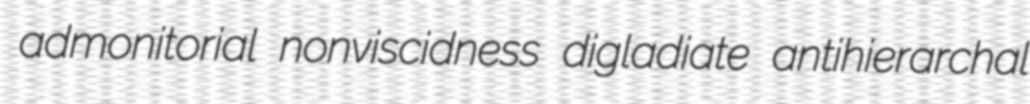
admonitorial nonviscidness digladiate antihierarchal